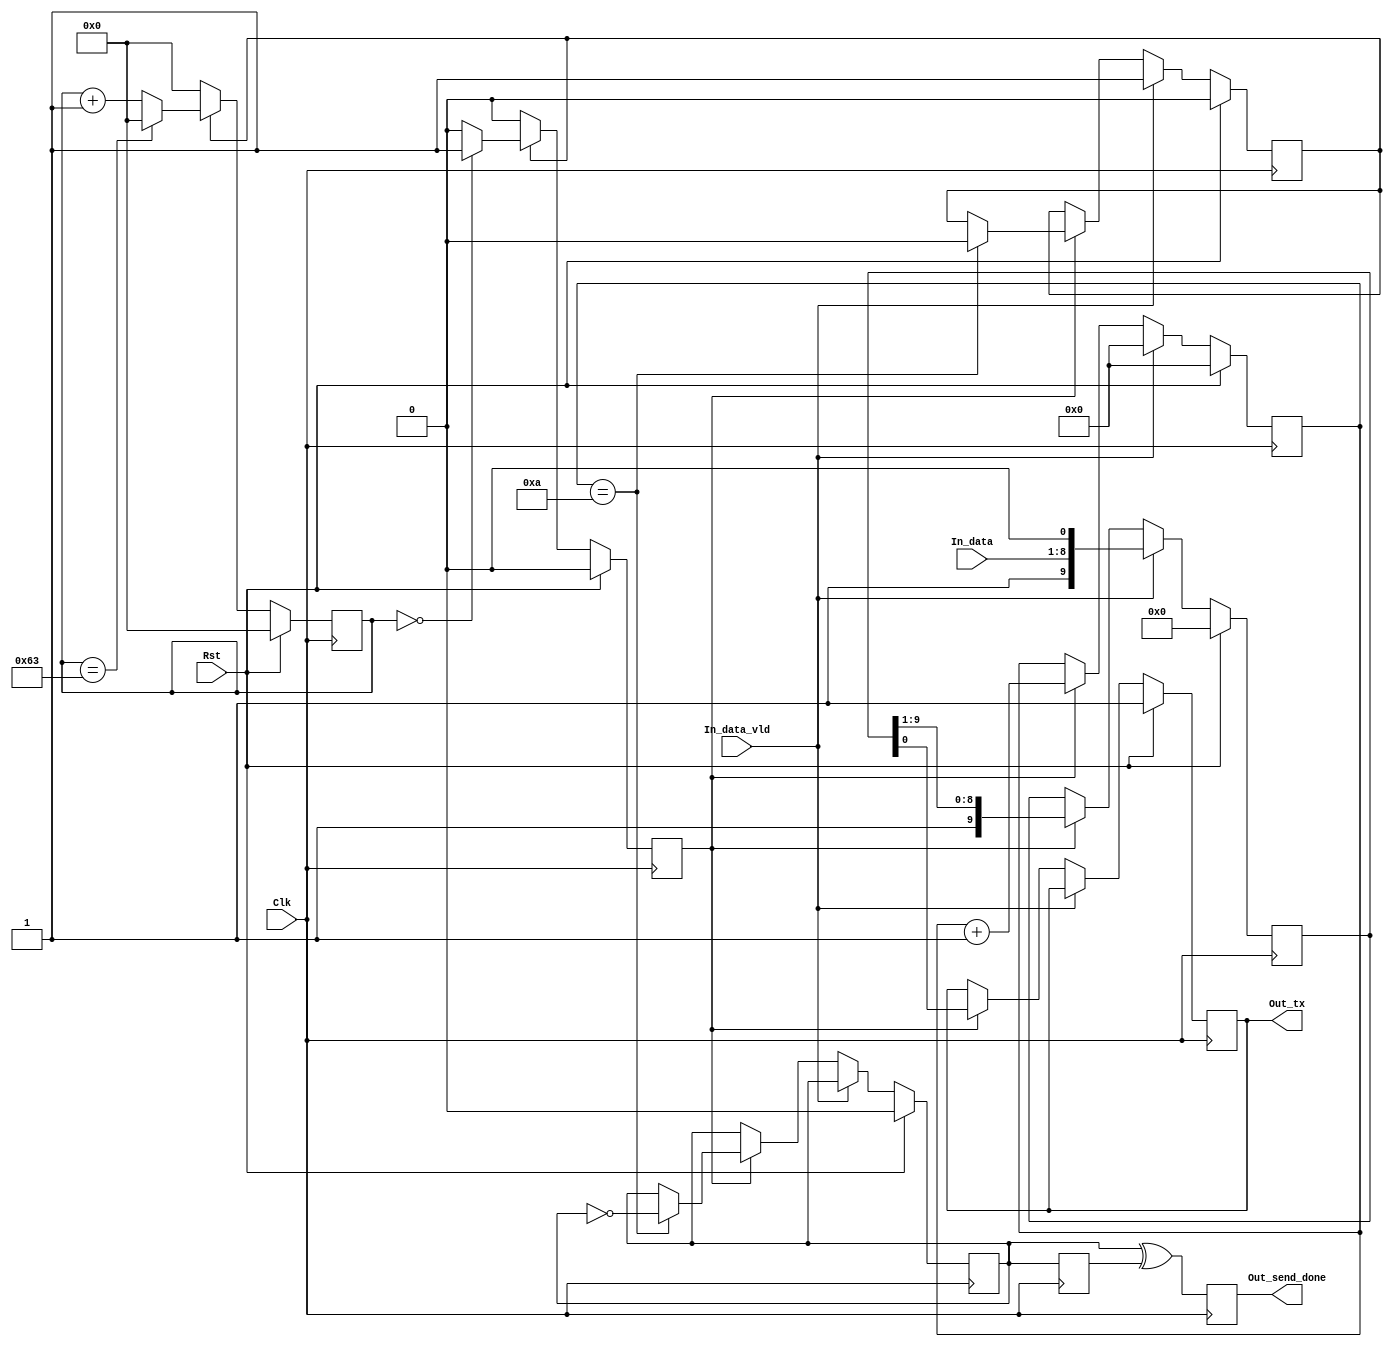
`timescale  1ns / 1ps

module UartTx(
    Clk                     ,
    Rst                     ,
    Out_tx                  ,
    In_data                 ,
    In_data_vld             ,
    Out_send_done
    );
//---------------------------------------------------------------------------------------
//              Parameter
//--------------------------------------------------------------------------------------- 
parameter       TCQ                             = 1                     ;
parameter       CLK_FREQ                        = 100000000             ;//100MHz
parameter       BAUND_RATE                      = 9600                  ;//9600bps
//parameter       BAUND_EN_INTERVAL               = CLK_FREQ/BAUND_RATE   ;
parameter       BAUND_EN_INTERVAL               = 100   				;    //Just for simulation

//---------------------------------------------------------------------------------------
//              Port Define
//---------------------------------------------------------------------------------------
input   wire                                    Clk                     ;
input   wire                                    Rst                     ;
output  wire                                    Out_tx                  ;
input   wire     [7:0]                          In_data                 ;
input   wire                                    In_data_vld             ;
output  wire                                    Out_send_done           ;

//---------------------------------------------------------------------------------------
//              Signals
//---------------------------------------------------------------------------------------
reg												out_tx					;
reg												out_send_done			;

reg     [9:0]                                   send_buf                ;
reg                                             sending                 ;
reg     [15:0]                                  baund_cnt               ;
reg                                             baund_en                ;
reg     [3:0]                                   bit_cnt                 ;
reg                                             send_done               ;
reg                                             send_done_r             ;

//---------------------------------------------------------------------------------------
//              Function Codes
//---------------------------------------------------------------------------------------
assign Out_tx = out_tx;
assign Out_send_done = out_send_done;

always @(posedge Clk) begin
    if(Rst == 1'b1) begin
        baund_cnt    <= #TCQ 16'b0;
        baund_en     <= #TCQ 1'b0;
    end
    else if(sending == 1'b1) begin
        if(baund_cnt == BAUND_EN_INTERVAL - 1'b1)
            baund_cnt    <= #TCQ 16'b0;
        else
            baund_cnt    <= #TCQ baund_cnt + 1'b1;
        
        if(baund_cnt == 16'b0)
            baund_en     <= #TCQ 1'b1;
        else
            baund_en     <= #TCQ 1'b0;
    end
    else begin
        baund_cnt    <= #TCQ 16'b0;
        baund_en     <= #TCQ 1'b0;
    end
end

always @(posedge Clk) begin
    if(Rst == 1'b1) begin
        out_tx       <= #TCQ 1'b1;
        send_buf     <= #TCQ 10'b0;
        sending      <= #TCQ 1'b0;
        bit_cnt      <= #TCQ 4'b0;
        send_done    <= #TCQ 1'b0;
    end
    else begin
        if(In_data_vld == 1'b1) begin
            send_buf      <= #TCQ {1'b1, In_data, 1'b0};
            sending       <= #TCQ 1'b1;
            bit_cnt       <= #TCQ 4'b0;
        end
        else if(baund_en == 1'b1) begin
            out_tx        <= #TCQ send_buf[0];
            send_buf[9:0] <= #TCQ {1'b1, send_buf[9:1]};
            bit_cnt       <= #TCQ bit_cnt + 1'b1;
            
            if(bit_cnt == 4'd10) begin
                sending     <= #TCQ 1'b0;
                send_done   <= #TCQ ~send_done;
            end
        end
    end
end

always @(posedge Clk) begin
    send_done_r     <= #TCQ send_done;
    out_send_done   <= #TCQ send_done^send_done_r;
end

endmodule